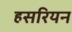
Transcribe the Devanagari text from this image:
हसरियन